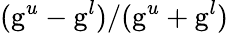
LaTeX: (\mathrm{g}^{u}-\mathrm{g}^{l})/(\mathrm{g}^{u}+\mathrm{g}^{l})